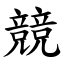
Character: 競